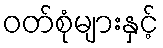
ဝတ်စုံများနှင့်